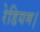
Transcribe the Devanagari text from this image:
रेडियम।